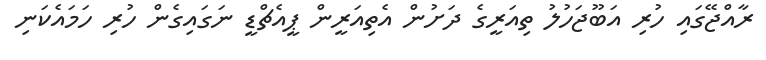
ރާއްޖޭގައި ހުރި އަބޫޖަހުލު ތިއަރީގެ ދަށުން އެތިއަރީން ޕީއެޗްޑީ ނަގައިގެން ހުރި ހަމައެކަނި